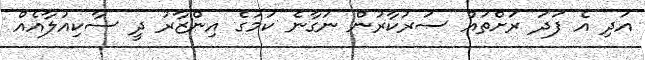
އަދި އެ ފަދަ ރަށްތައް ސަރުުކާރުން ނަގާނެ ކަމުގެ އިންޒާރު ދީ ސާކިއުލާއެއް